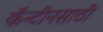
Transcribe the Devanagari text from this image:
कॅन्टीनसाठी